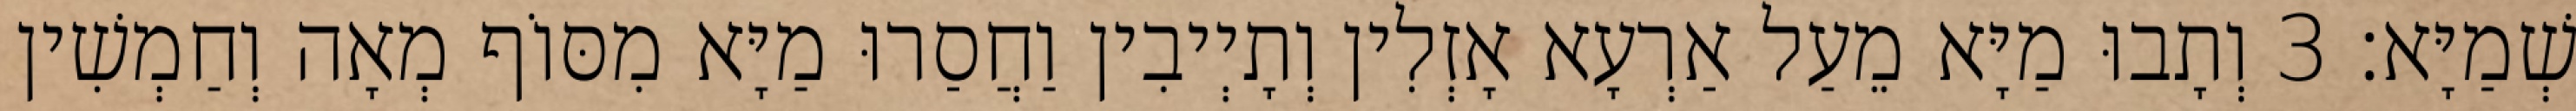
שְׁמַיָּא׃ 3 וְתָבוּ מַיָּא מֵעַל אַרְעָא אָזְלִין וְתָיְיבִין וַחֲסַרוּ מַיָּא מִסּוֹף מְאָה וְחַמְשִׁין